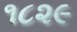
૧૮૨૯